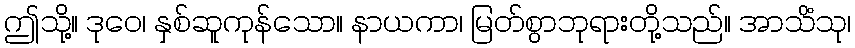
ဤသို့။ ဒုဝေ၊ နှစ်ဆူကုန်သော။ နာယကာ၊ မြတ်စွာဘုရားတို့သည်။ အာသိံသု၊